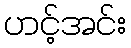
ဟင့်အင်း